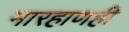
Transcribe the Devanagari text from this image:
मारहाणही